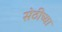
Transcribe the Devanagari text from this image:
सेठीच्या